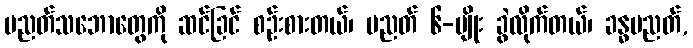
ပညတ်သဘောတွေကို ဆင်ခြင် စဉ်းစားတယ်၊ ပညတ် ၆-မျိုး ခွဲလိုက်တယ်၊ ခန္ဓပညတ်,